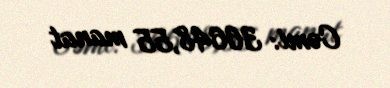
Cəmi: 36648,55 manat